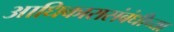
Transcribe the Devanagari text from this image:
आधिकारासंबंधीच्या